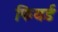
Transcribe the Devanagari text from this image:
फियर्ड